Annual administration report of the Civil Veterinary Department, Ajmere-Merwara, British Rajputana - 1914-1940
Year: 1914
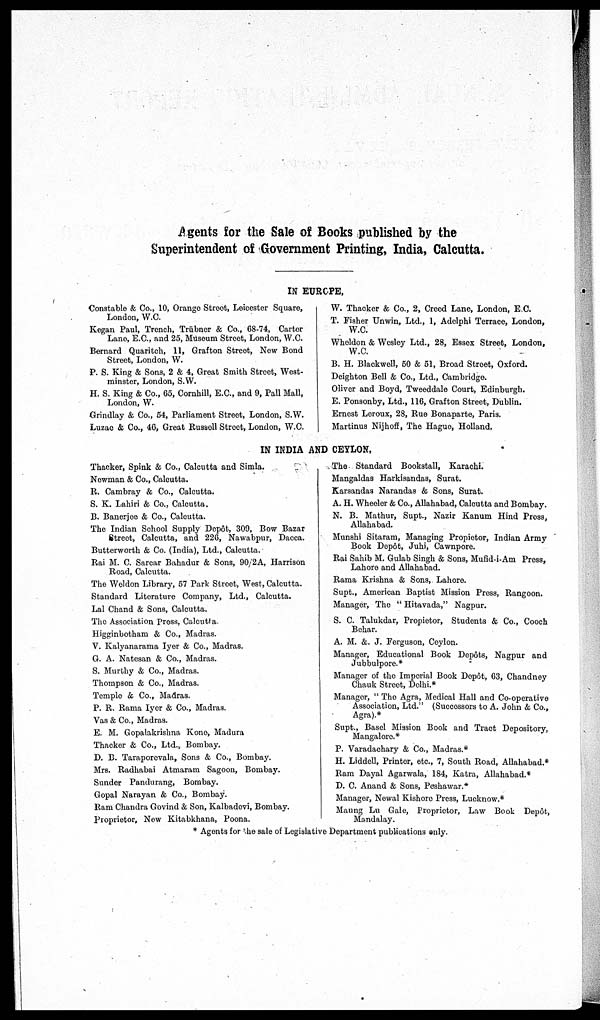
Agents for the Sale of Books published by the
Superintendent of Government Printing, India, Calcutta.
IN EUROPE,
Constable & Co., 10, Orange Street, Leicester Square,
London, W.C.
Kegan Paul, Trench, Trübner & Co., 68-74, Cartor
Lane, E.C., and 25, Museum Street, London, W.C.
Bernard Quaritch, 11, Grafton Street, Now Bond
Street, London, W.
P. S. King & Sons, 2 & 4, Great Smith Street, West-
minster, London, S.W.
H. S. King & Co., 65, Cornhill, E.C., and 9, Pall Mall,
London, W.
Grindlay & Co., 54, Parliament Street, London, S.W.
Luzac & Co., 46, Great Russell Street, London, W.C.
W. Thacker & Co., 2, Creed Lane, London, E.C.
T. Fisher Unwin, Ltd., 1, Adelphi Terrace, London,
W.C.
Wholdon & Wesley Ltd., 28, Essex Street, London,
W.C.
B. H. Blackwell, 50 & 51, Broad Street, Oxford.
Deighton Bell & Co., Ltd., Cambridge.
Oliver and Boyd, Tweeddale Court, Edinburgh.
E. Ponsonby, Ltd., 116, Grafton Street, Dublin.
Ernest Leroux, 28, Rue Bonaparte, Paris.
Martinus Nijhoff, The Hague, Holland.
IN INDIA AND CEYLON,
Thacker, Spink & Co., Calcutta and Simla.
Newman & Co., Calcutta.
R. Cambray & Co., Calcutta.
S. K. Lahiri & Co., Calcutta.
B. Banerjee & Co., Calcutta.
The Indian School Supply Dopôt, 309, Bow Bazar
Street, Calcutta, and 226, Nawabpur, Dacca.
Butterworth & Co. (India), Ltd., Calcutta.
Rai M. C. Sarcar Bahadur & Sons, 90/2A, Harrison
Road, Calcutta.
The Weldon Library, 57 Park Street, West, Calcutta.
Standard Literature Company, Ltd., Calcutta.
Lal Chand & Sons, Calcutta.
The Association Press, Calcutta.
Higginbotham & Co., Madras.
V. Kalyanarama Iyer & Co., Madras.
G. A. Natesan & Co., Madras.
S. Murthy & Co., Madras.
Thompson & Co., Madras.
Temple & Co., Madras.
P. R. Rama Iyor & Co., Madras.
Vas & Co., Madras.
E. M. Gopalakrishna Kono, Madura
Thacker & Co., Ltd., Bombay.
D. B. Taraporevala, Sons & Co., Bombay.
Mrs. Radhabai Atmaram Sagoon, Bombay.
Sunder Pandurang, Bombay.
Gopal Narayan & Co., Bombay.
Ram Chandra Govind & Son, Kalbadevi, Bombay.
Proprietor, New Kitabkhana, Poona.
The Standard Bookstall, Karachi.
Mangaldas Harkisandas, Surat.
Karsandas Narandas & Sons, Surat.
A. H. Wheeler & Co., Allahabad, Calcutta and Bombay.
N. B. Mathur, Supt., Nazir Kanum Hind Press,
Allahabad.
Munshi Sitaram, Managing Propietor, Indian Army
Book Depôt, Juhi, Cawnpore.
Rai Sahib M. Gulab Singh & Sons, Mufid-i-Am Press,
Lahore and Allahabad.
Rama Krishna & Sons, Lahore.
Supt., American Baptist Mission Press, Rangoon.
Manager, The "Hitavada," Nagpur.
S. C. Talukdar, Propietor, Students & Co., Cooch
Bohar.
A. M. &. J. Ferguson, Ceylon.
Manager, Educational Book Depôts, Nagpur and
Jubbulpore.*
Manager of the Imperial Book Depôt, 63, Chandney
Chauk Street, Delhi.*
Manager, "The Agra, Medical Hall and Co-operative
Association, Ltd." (Successors to A. John & Co.,
Agra).*
Supt., Basel Mission Book and Tract Depository,
Mangalore.*
P. Varadachary & Co., Madras.*
H. Liddell, Printer, etc., 7, South Road, Allahabad.*
Ram Dayal Agarwala, 184, Katra, Allahabad.*
D. C. Anand & Sons, Peshawar.*
Manager, Newal Kishore Press, Lucknow.*
Maung Lu Gale, Proprietor, Law Book Depôt,
Mandalay.
* Agents for the sale of Legislative Department publications only.